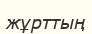
жұрттың